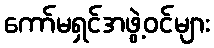
ကော်မရှင်အဖွဲ့ဝင်များ